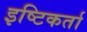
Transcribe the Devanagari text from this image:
इष्टिकर्ता